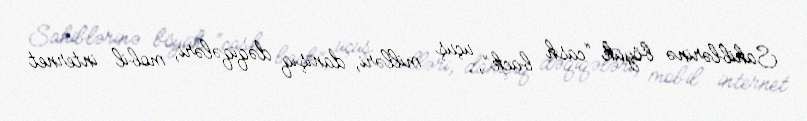
Sahiblərinə böyük “cash back”, uçuş milləri, danışıq dəqiqələri, mobil internet